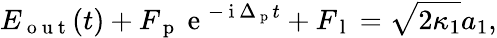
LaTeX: E_{\mathrm{~o~u~t~}}(t)+F_{\mathrm{~p~}}\mathrm{~e~}^{-\mathrm{~i~}\Delta_{\mathrm{~p~}}t}+F_{\mathrm{~l~}}=\sqrt{2\kappa_{1}}a_{1},